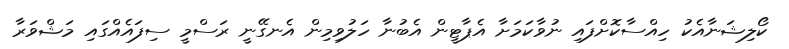
ކޯލިޝަނާއެކު ހިއްސާކޮށްފައި ނުވާކަމަށާ އެޕާޓީން އެބުނާ ހަލުވިމިން އެނގޭނީ ރަސްމީ ސިފައެއްގައި މަޝްވަރާ